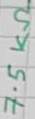
Text: 7.5KΩ